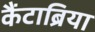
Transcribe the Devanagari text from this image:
कैंटाब्रिया